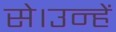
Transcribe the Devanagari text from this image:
से।उन्हें